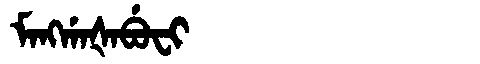
Manchu: ᠮᠠᠩᡤᠠᡧᠠᠪᡠᠸᡳ
Romanization: MANGGAŠABUFI